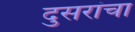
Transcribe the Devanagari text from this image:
दुसरांचा